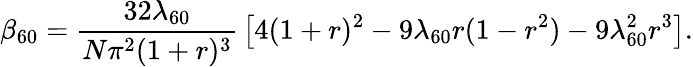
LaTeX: \beta_{60}={\frac{32\lambda_{60}}{N\pi^{2}(1+r)^{3}}}\left[4(1+r)^{2}-9\lambda_{60}r(1-r^{2})-9\lambda_{60}^{2}r^{3}\right].